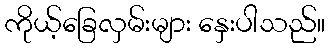
ကိုယ့်ခြေလှမ်းများ နှေးပါသည်။